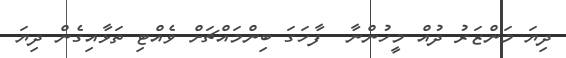
ދިޔަ މަންޒަރު ދުއް މީހުންނާ  ފާހަގަ ބިންމައްޗަށް ވެއްޓި ތަޅާއިގެން ދިޔަ